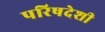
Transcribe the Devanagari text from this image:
परिषदेशी